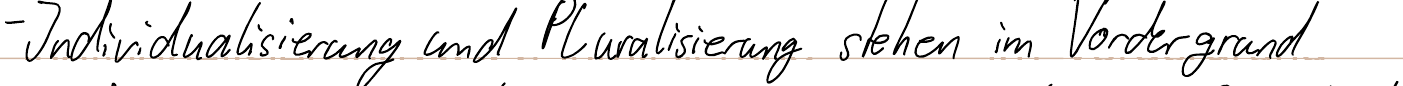
- Individualisierung und Pluralisierung stehen im Vordergrund